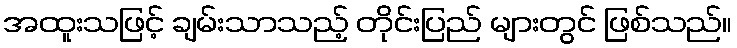
အထူးသဖြင့် ချမ်းသာသည့် တိုင်းပြည် များတွင် ဖြစ်သည်။